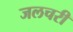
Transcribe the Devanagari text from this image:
जलचरी